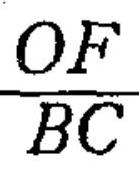
\frac{OF}{BC}